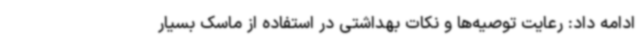
ادامه داد: رعایت توصیه‌ها و نکات بهداشتی در استفاده از ماسک بسیار